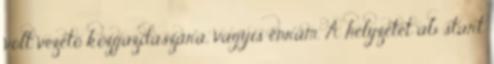
volt vezető közgazdászára, vagyis énrám. A helyzetet ab start